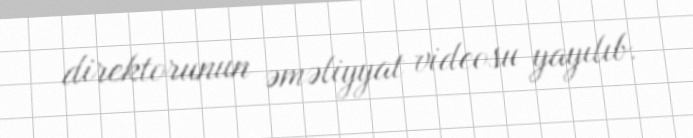
direktorunun əməliyyat videosu yayılıb.